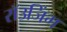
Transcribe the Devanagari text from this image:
रॉउजिंग